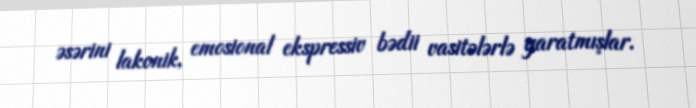
əsərini lakonik, emosional ekspressiv bədii vasitələrlə yaratmışlar.